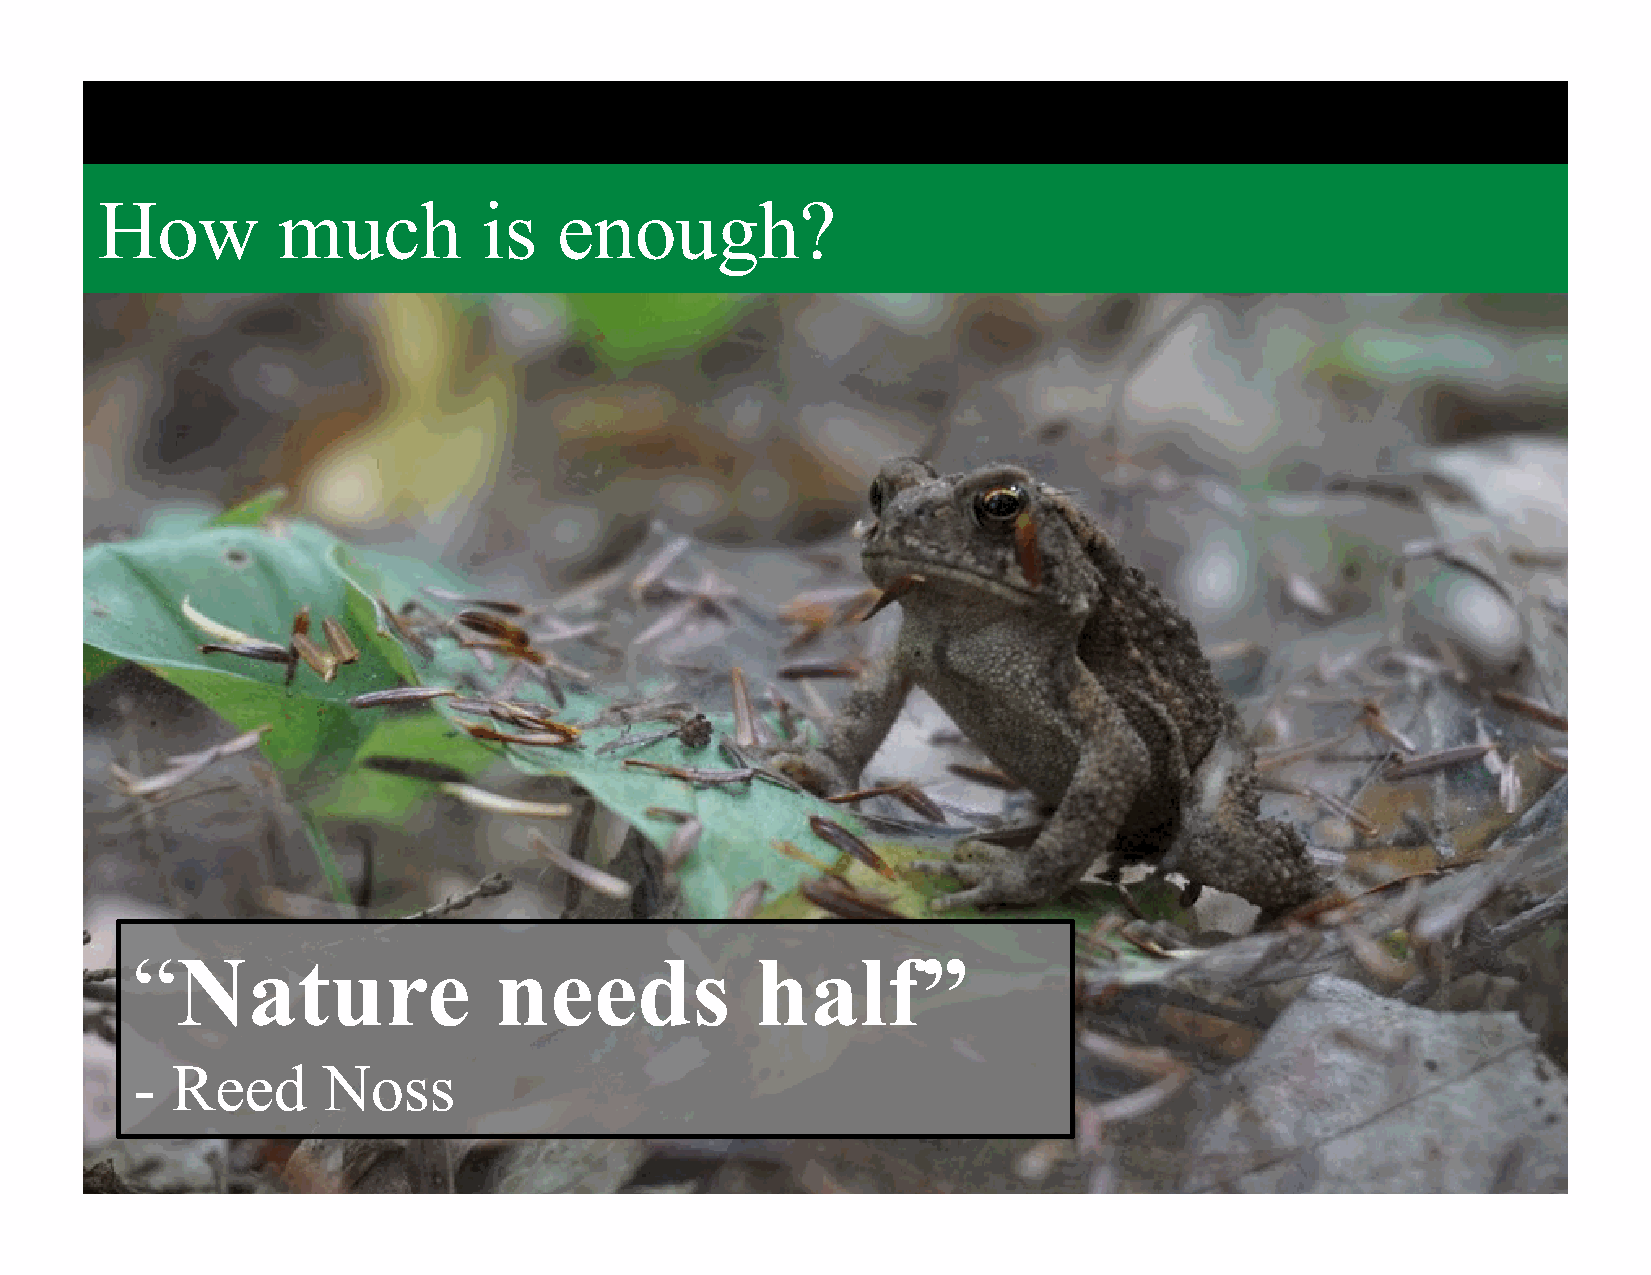
How         much          is   enough?
 “Nature                 needs            half”
 - Reed      Noss